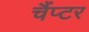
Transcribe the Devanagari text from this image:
चैंप्टर